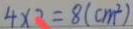
4 \times 2 = 8 ( c m ^ { 2 } )